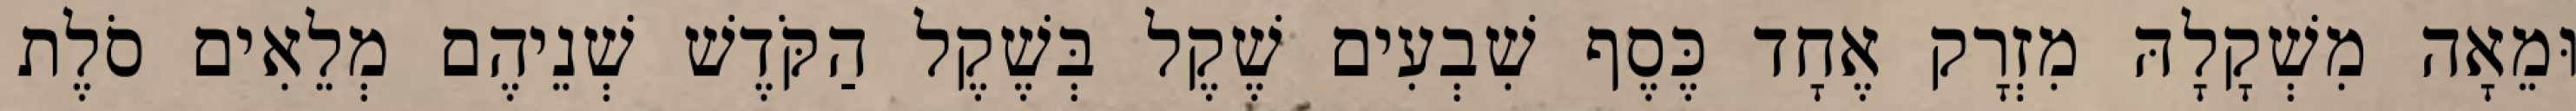
וּמֵאָה מִשְׁקָלָהּ מִזְרָק אֶחָד כֶּסֶף שִׁבְעִים שֶׁקֶל בְּשֶׁקֶל הַקֹּדֶשׁ שְׁנֵיהֶם מְלֵאִים סֹלֶת